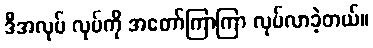
ဒီအလုပ် လုပ်ကို အတော်ကြာကြာ လုပ်လာခဲ့တယ်။